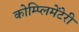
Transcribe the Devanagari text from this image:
कोम्प्लिमेंटेरी